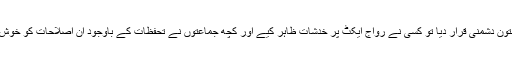
کسی نے اسے پشتون دشمنی قرار دیا تو کسی نے رواج ایکٹ پر خدشات ظاہر کیے اور کچھ جماعتوں نے تحفظات کے باوجود ان اصلاحات کو خوش آئند قرار دیا ہے۔